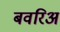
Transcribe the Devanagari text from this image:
बवरिअ